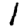
Digit: 1